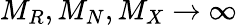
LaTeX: M_{R},M_{N},M_{X}\rightarrow\infty